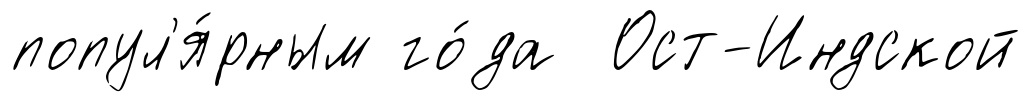
попул'я́рным го́да Ост-Индской